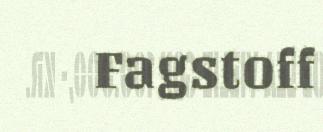
Fagstoff